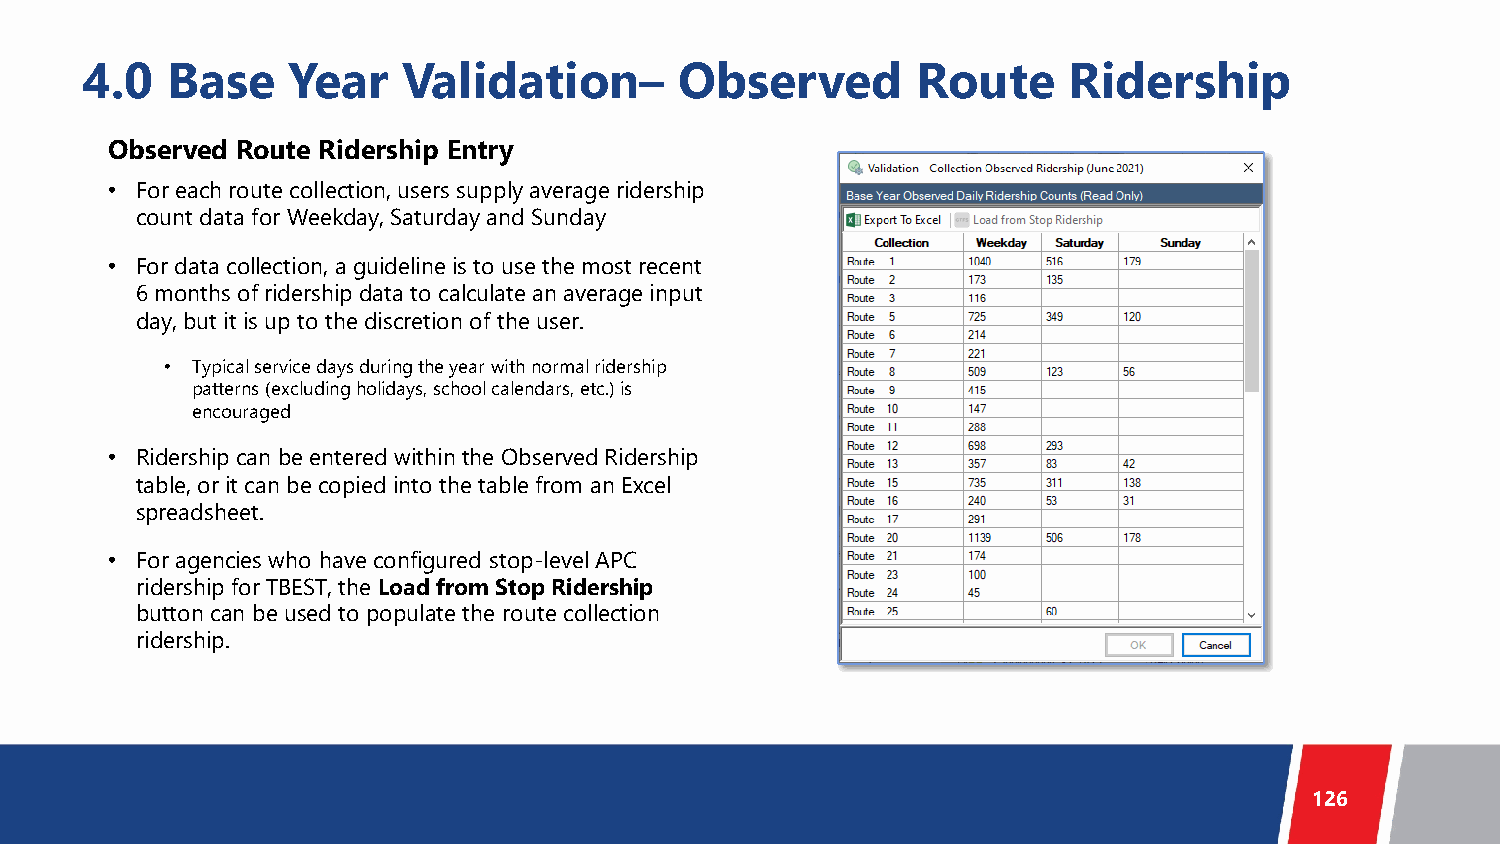
4.0   Base    Year    Validation–       Observed        Route     Ridership
 Observed Route Ridership Entry
 • For each route collection, users supply average ridership
 count data for Weekday, Saturday and Sunday
 • For data collection, a guideline is to use the most recent
 6 months of ridership data to calculate an average input
 day, but it is up to the discretion of the user.
 • Typical service days during the year with normal ridership
 patterns (excluding holidays, school calendars, etc.) is
 encouraged
 • Ridership can be entered within the Observed Ridership
 table, or it can be copied into the table from an Excel
 spreadsheet.
 • For agencies who have configured stop-level APC
 ridership for TBEST, the Load from Stop Ridership
 button can be used to populate the route collection
 ridership.
 126